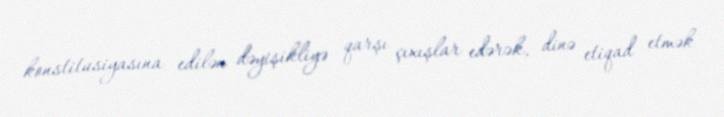
konstitusiyasına edilən dəyişikliyə qarşı çıxışlar edərək, dinə etiqad etmək